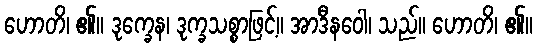
ဟောတိ၊ ၏။ ဒုက္ခေန၊ ဒုက္ခသစ္စာဖြင့်။ အာဒီနဝေါ၊ သည်။ ဟောတိ၊ ၏။